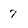
Character: 7